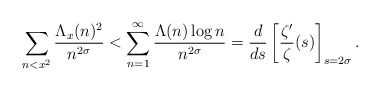
\begin{align*} \sum_{n<x^2} \frac{\Lambda_x(n)^2}{n^{2\sigma}} &< \sum_{n=1}^\infty \frac{\Lambda(n)\log n}{n^{2\sigma}} = \frac{d}{ds} \left[ \frac{\zeta'}{\zeta}(s) \right]_{s=2\sigma}.\end{align*}